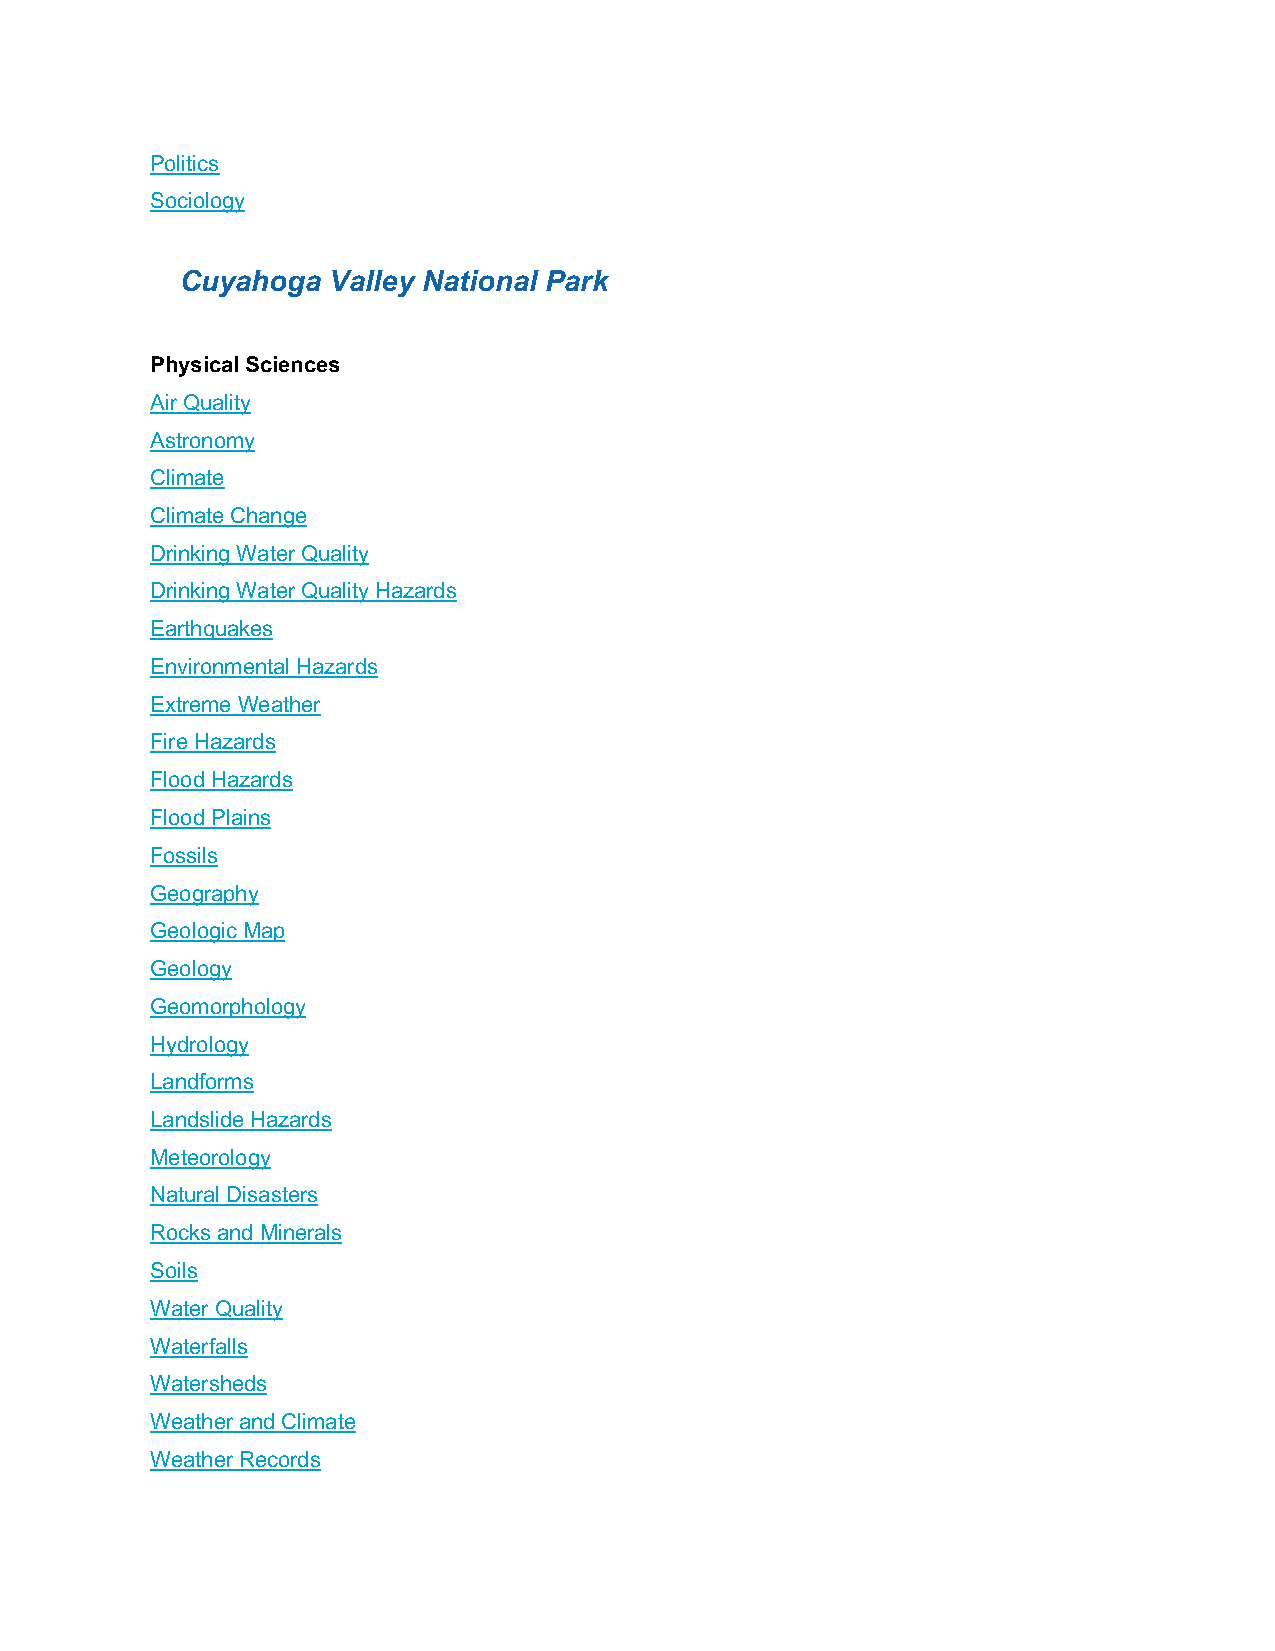
Politics
 Sociology
 Cuyahoga  Valley National Park
 Physical Sciences
 Air Quality
 Astronomy
 Climate
 Climate Change
 Drinking Water Quality
 Drinking Water Quality Hazards
 Earthquakes
 Environmental Hazards
 Extreme Weather
 Fire Hazards
 Flood Hazards
 Flood Plains
 Fossils
 Geography
 Geologic Map
 Geology
 Geomorphology
 Hydrology
 Landforms
 Landslide Hazards
 Meteorology
 Natural Disasters
 Rocks and Minerals
 Soils
 Water Quality
 Waterfalls
 Watersheds
 Weather and Climate
 Weather Records